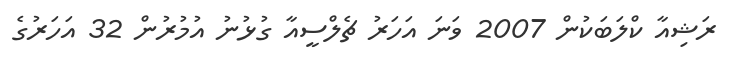
ރަޝިއާ ކްލަބަކުން 2007 ވަނަ އަހަރު ޗެލްސީއާ ގުޅުނު އުމުރުން 32 އަހަރުގެ